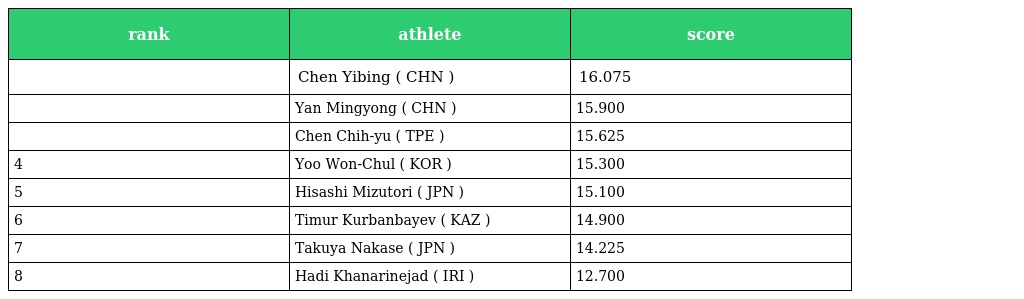
| rank | athlete | score |
 | --- | --- | --- |
 |  | Chen Yibing ( CHN ) | 16.075 |
 |  | Yan Mingyong ( CHN ) | 15.900 |
 |  | Chen Chih-yu ( TPE ) | 15.625 |
 | 4 | Yoo Won-Chul ( KOR ) | 15.300 |
 | 5 | Hisashi Mizutori ( JPN ) | 15.100 |
 | 6 | Timur Kurbanbayev ( KAZ ) | 14.900 |
 | 7 | Takuya Nakase ( JPN ) | 14.225 |
 | 8 | Hadi Khanarinejad ( IRI ) | 12.700 |